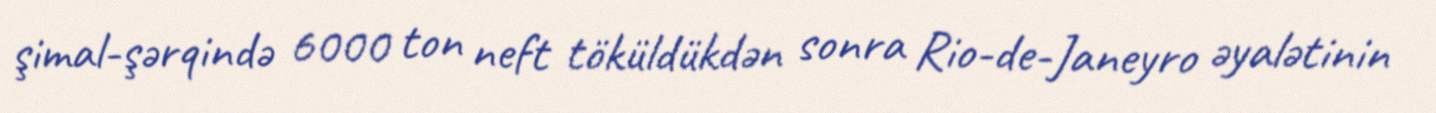
şimal-şərqində 6000 ton neft töküldükdən sonra Rio-de-Janeyro əyalətinin